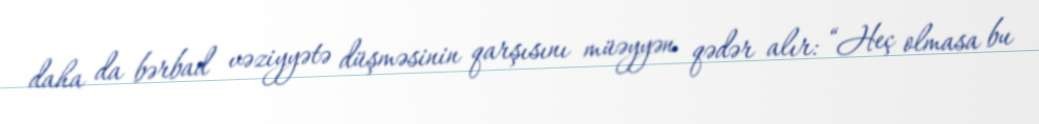
daha da bərbad vəziyyətə düşməsinin qarşısını müəyyən qədər alır: “Heç olmasa bu